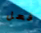
فعل